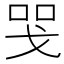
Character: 𢦸